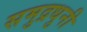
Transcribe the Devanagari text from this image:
समुद्रधुनी